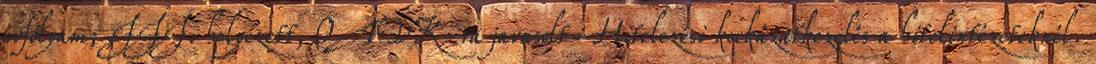
évfolyam; III. helyezett, OTDK-ra javasolt Hitelezési kockázatkezelés a hitelintézeteknél.